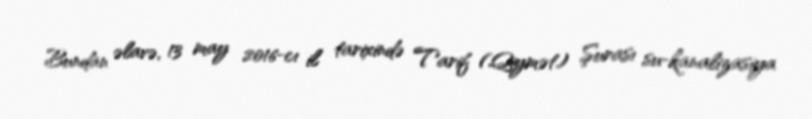
Bundan əlavə, 13 may 2016-cı il tarixində Tarif (Qiymət) Şurası su-kanalizasiya